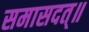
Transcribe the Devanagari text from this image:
समासदत्॥